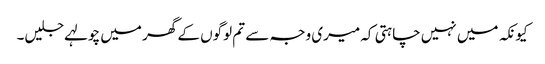
کیونکہ میں نہیں چاہتی کہ میری وجہ سے تم لوگوں کے گھر میں چولہے جلیں۔